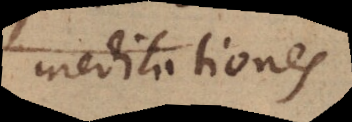
meditationes